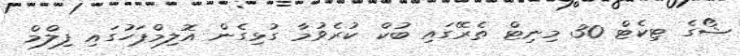
ޝޯގެ ޓިކެޓް 30 މިނިޓް ތެރޭގައި ބުކް ކުރެވުމާ ގުޅިގެން އޮލިމްޕަހުގައި ފިލްމް